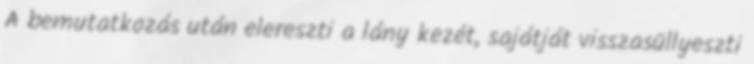
A bemutatkozás után elereszti a lány kezét, sajátját visszasüllyeszti